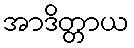
အာဒိတ္တာယ